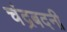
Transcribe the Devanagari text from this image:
चंद्रबदनी